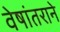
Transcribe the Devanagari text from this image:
वेषांतराने